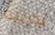
تدريبه